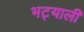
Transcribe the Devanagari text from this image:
भट्याली